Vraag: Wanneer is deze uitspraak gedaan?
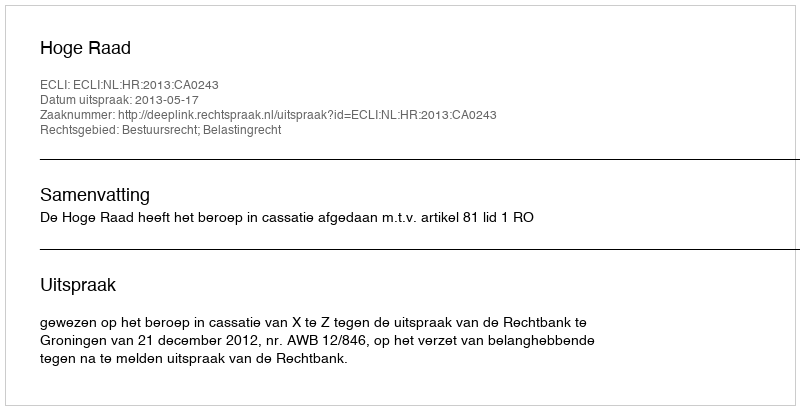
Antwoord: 2013-05-17